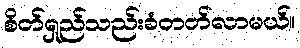
စိတ်ရှည်သည်းခံတတ်လာမယ်။